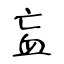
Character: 衁